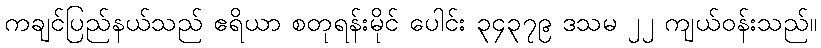
ကချင်ပြည်နယ်သည် ဧရိယာ စတုရန်းမိုင် ပေါင်း ၃၄၃၇၉ ဒသမ ၂၂ ကျယ်ဝန်းသည်။